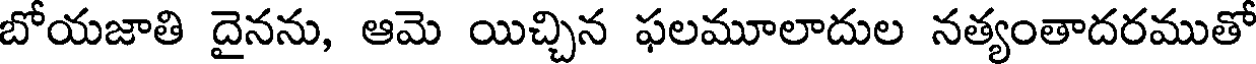
బోయజాతి దైనను, ఆమె యిచ్చిన ఫలమూలాదుల నత్యంతాదరముతో